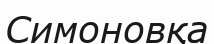
Симоновқа